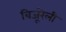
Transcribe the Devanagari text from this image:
बिजूरेली